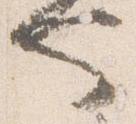
也